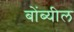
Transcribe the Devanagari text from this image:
बोंब्यील